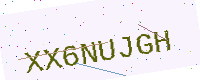
Text: XX6NUJGH